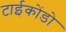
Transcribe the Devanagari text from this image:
टाईकोंडो